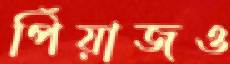
পিঁয়াজও